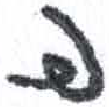
אות: פ